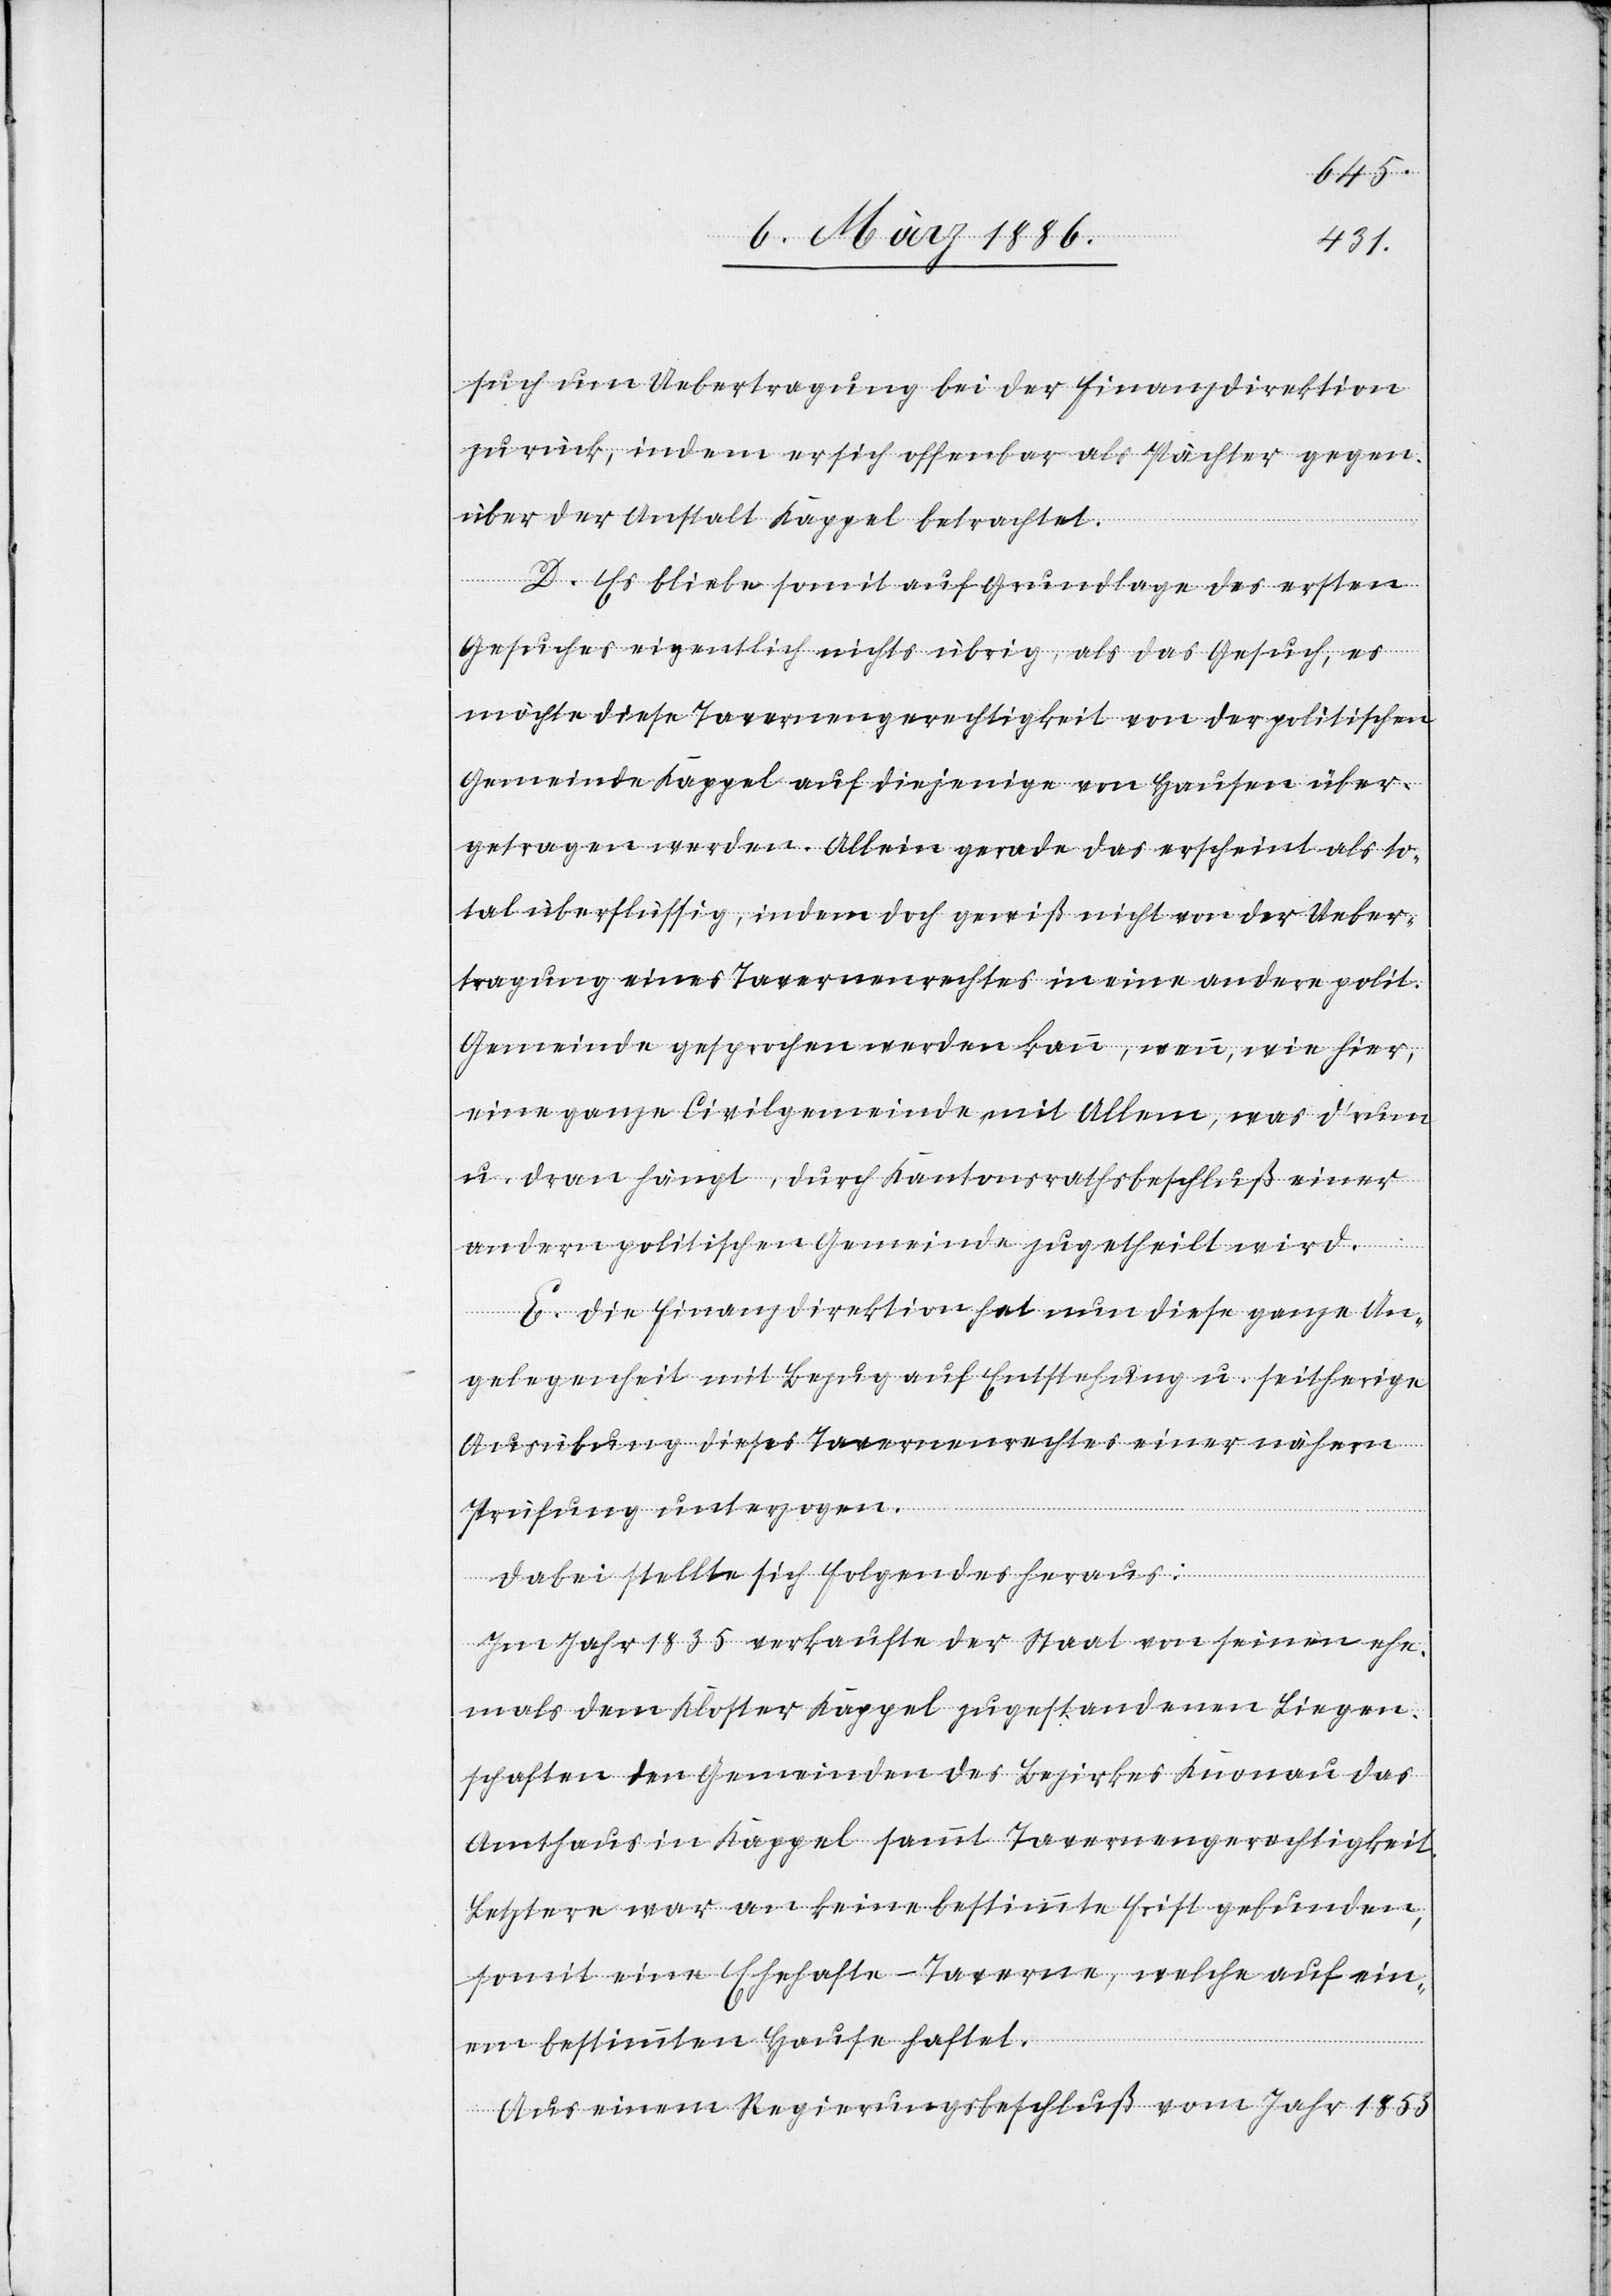
such um Uebertragung bei der Finanzdirektion
zurück, indem er sich offenbar als Pächter gegen¬
über der Anstalt Kappel betrachtet.
D. Es bliebe somit auf Grundlage des ersten
Gesuches eigentlich nichts übrig, als das Gesuch, es
möchte diese Tavernengerechtigkeit von der politischen
Gemeinde Kappel auf diejenige von Hausen über¬
tragen werden. Allein gerade das erscheint als to¬
tal überflüssig, indem doch gewiß nicht von der Ueber¬
tragung eines Tavernenrechtes in eine andere polit.
Gemeinde gesprochen werden kann, wenn, wie hier,
eine ganze Civilgemeinde mit Allem, was d’rum
u. dran hängt, durch Kantonsrathsbeschluß einer
andern politischen Gemeinde zugetheilt wird.
E. Die Finanzdirektion hat nun diese ganze An¬
gelegenheit mit Bezug auf Entstehung u. seitherige
Ausübung dieses Tavernenrechtes einer nähern
Prüfung unterzogen.
Dabei stellte sich folgendes heraus:
Im Jahr 1835 verkaufte der Staat von seinen ehe¬
mals dem Kloster Kappel zugestandenen Liegen¬
schaften den Gemeinden des Bezirks Knonau das
Amtshaus in Kappel sammt Tavernengerechtigkeit.
Letztere war an keine bestimmte Frist gebunden,
somit eine Ehehafte-Taverne, welche auf ein¬
em bestimmten Hause haftet.
Aus einem Regierungsbeschluß vom Jahr 1853